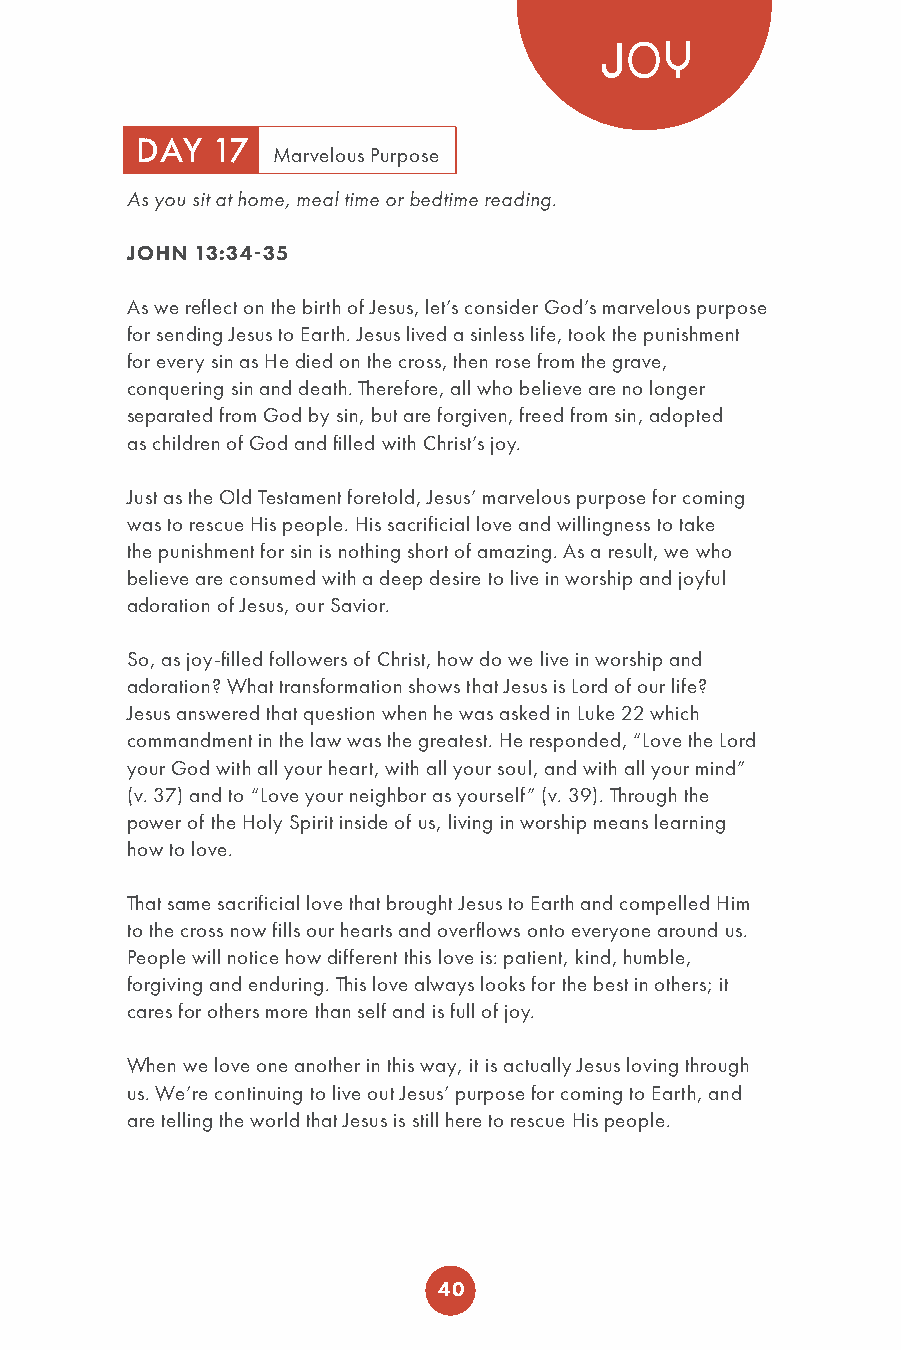
JOY
 DAY  17
 Marvelous Purpose
 As you sit at home, meal time or bedtime reading.
 JOHN 13:34-35
 As we reflect on the birth of Jesus, let’s consider God’s marvelous purpose
 for sending Jesus to Earth. Jesus lived a sinless life, took the punishment
 for every sin as He died on the cross, then rose from the grave,
 conquering sin and death. Therefore, all who believe are no longer
 separated from God by sin, but are forgiven, freed from sin, adopted
 as children of God and filled with Christ’s joy.
 Just as the Old Testament foretold, Jesus’ marvelous purpose for coming
 was to rescue His people. His sacrificial love and willingness to take
 the punishment for sin is nothing short of amazing. As a result, we who
 believe are consumed with a deep desire to live in worship and joyful
 adoration of Jesus, our Savior.
 So, as joy-filled followers of Christ, how do we live in worship and
 adoration? What transformation shows that Jesus is Lord of our life?
 Jesus answered that question when he was asked in Luke 22 which
 commandment in the law was the greatest. He responded, “Love the Lord
 your God with all your heart, with all your soul, and with all your mind”
 (v. 37) and to “Love your neighbor as yourself” (v. 39). Through the
 power of the Holy Spirit inside of us, living in worship means learning
 how to love.
 That same sacrificial love that brought Jesus to Earth and compelled Him
 to the cross now fills our hearts and overflows onto everyone around us.
 People will notice how different this love is: patient, kind, humble,
 forgiving and enduring. This love always looks for the best in others; it
 cares for others more than self and is full of joy.
 When we love one another in this way, it is actually Jesus loving through
 us. We’re continuing to live out Jesus’ purpose for coming to Earth, and
 are telling the world that Jesus is still here to rescue His people.
 40